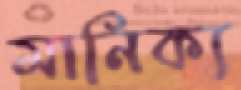
মানিক্য